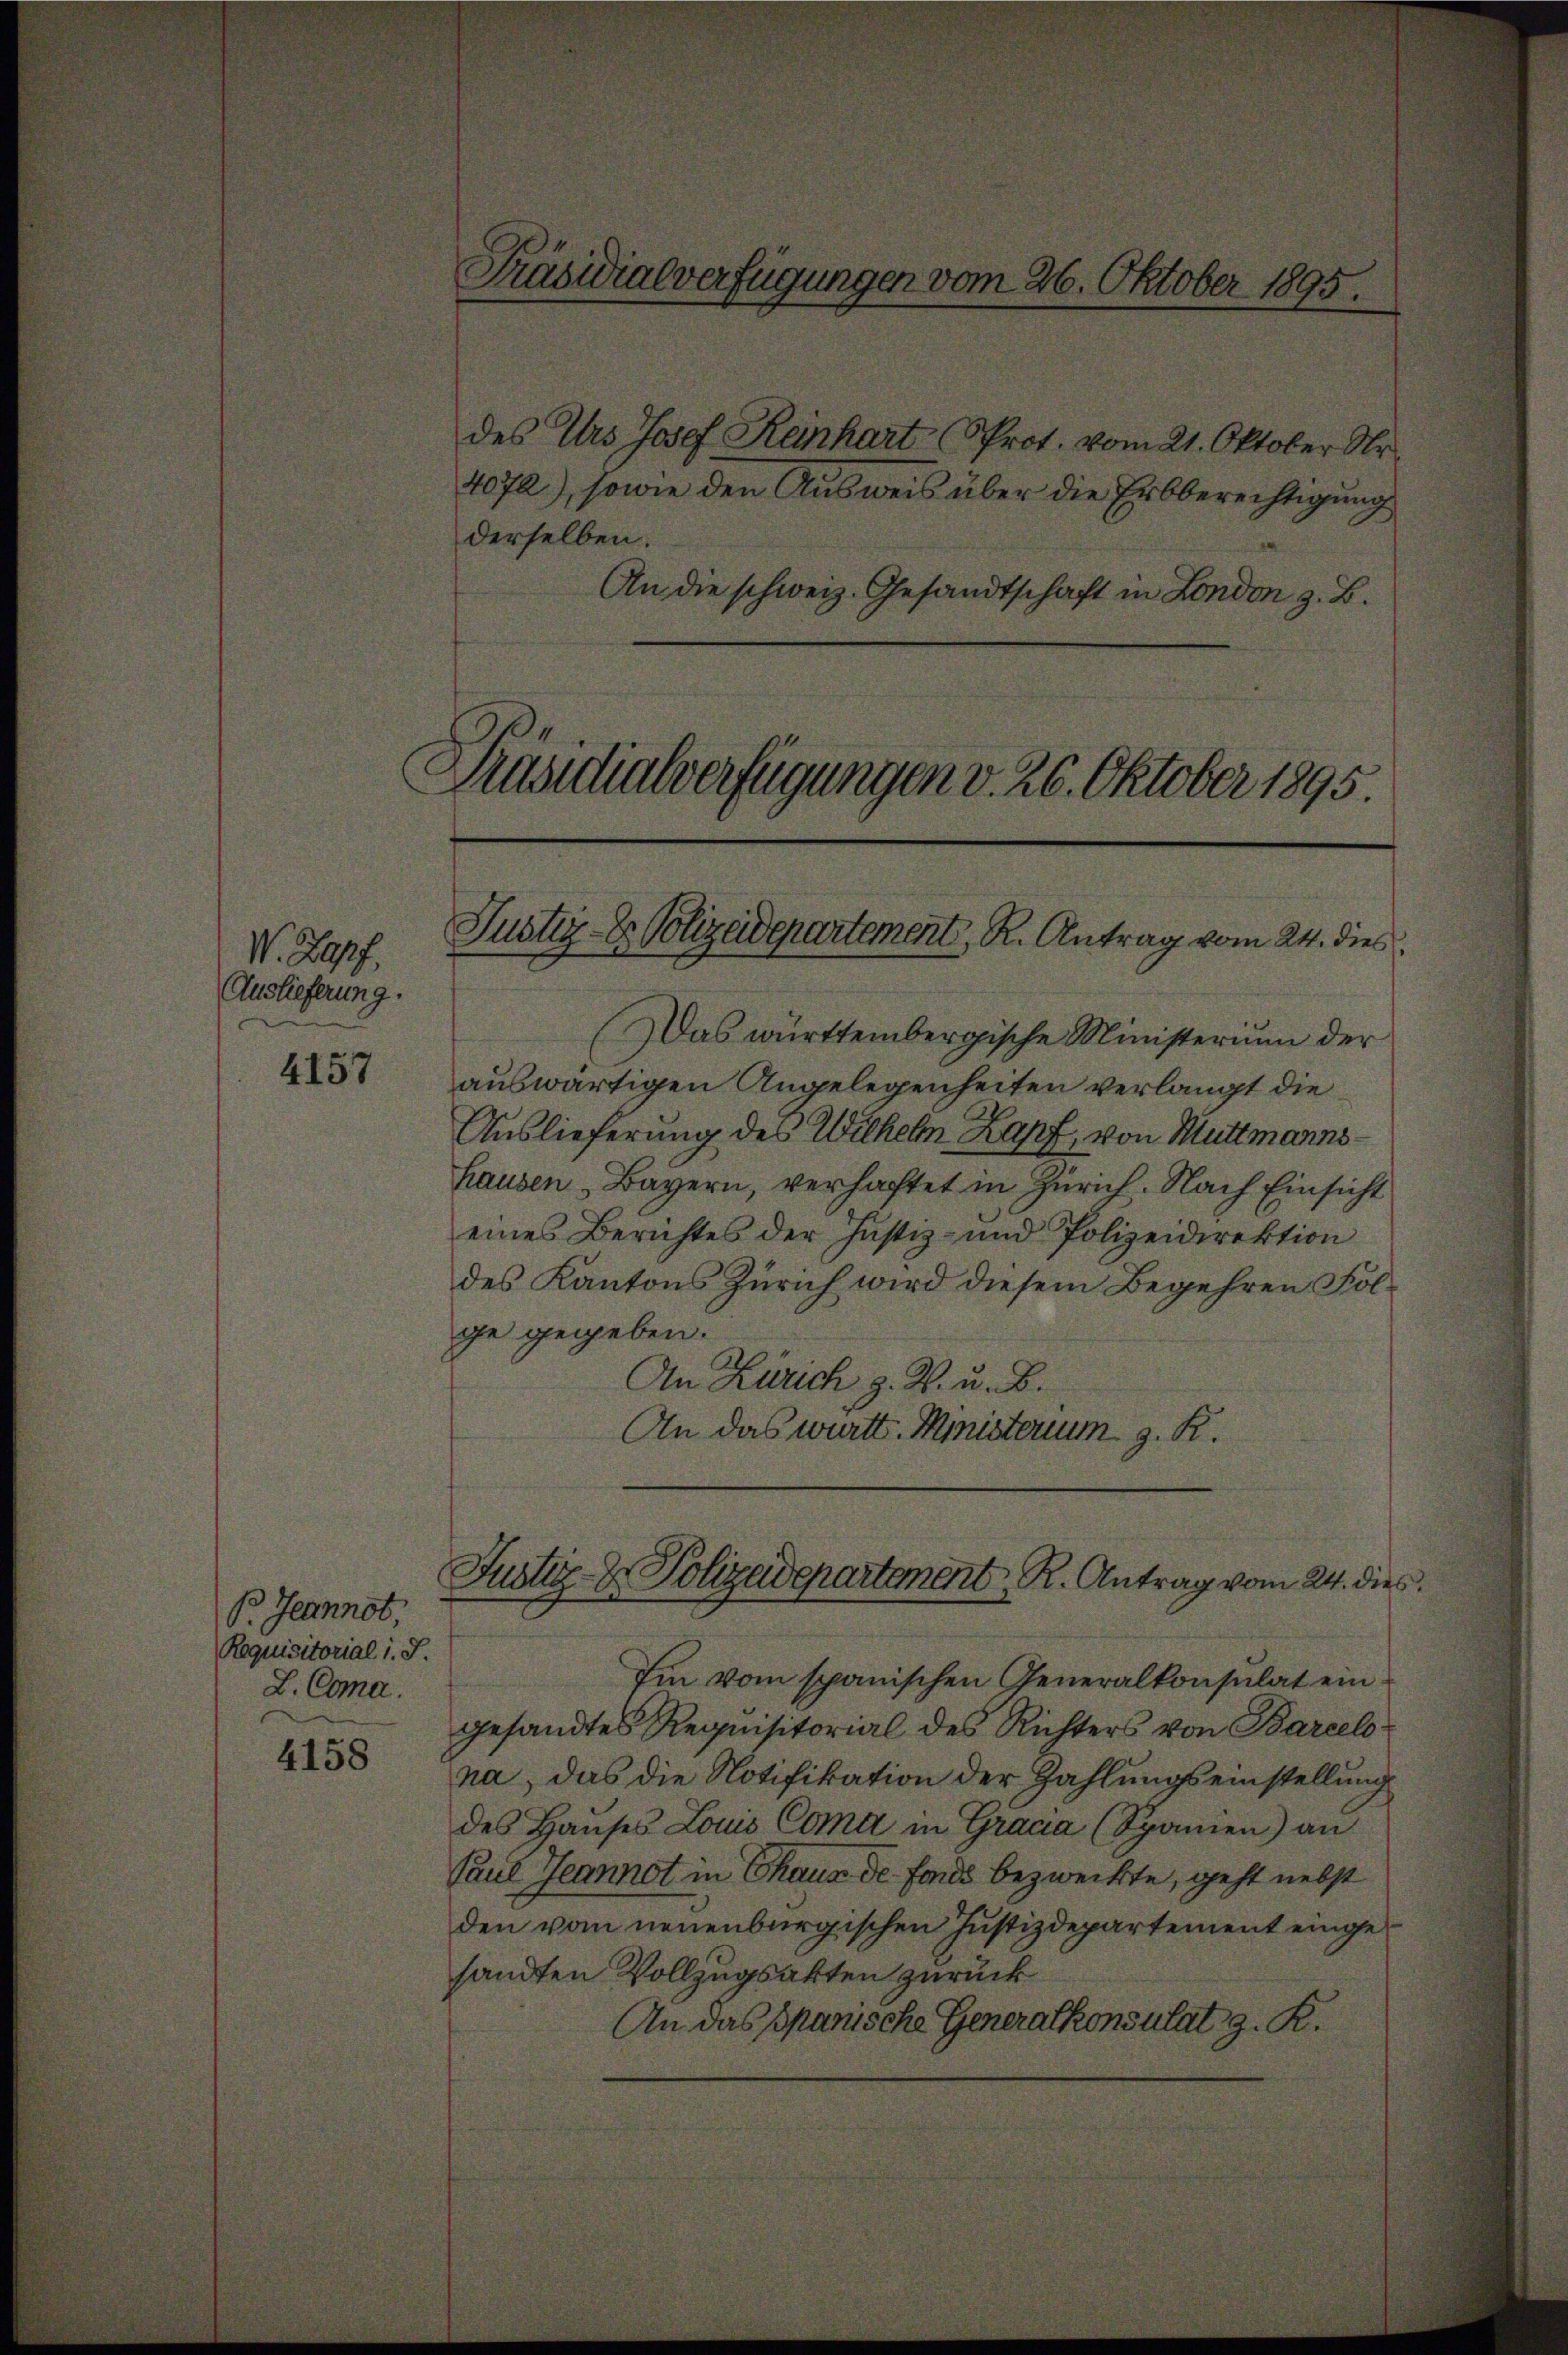
V. Zapf
Auslieferung.

4157

B Jeannot,
Requisitorial i. S.
L. Coma.
4158

Präsidialverfügungen vom 26. Oktober 1895.

derselben.
An die schweiz. Gesandtschaft in London z. B.

des Urs Josef Reinhart Prot. vom 21. Oktober Ur
4072), sowie den Ausweis über die Erbberechtigung

Präsidialverfügungen v. 26. Oktober 1895.

Das württembergische Ministerium der
auswärtigen Angelegenheiten verlangt die
Auslieferung des Wilhelm Zapf, von Muttmannshausen Bayern, verhaftet in Zürich. Nach Einsicht
eines Berichtes der Justiz- und Polizeidirektion
des Kantons Zürich wird diesem Begehren Folge gegeben.
An Zürich z. R. u. B.
An das württ. Ministerium z. R.

Justiz- & Polizeidepartement, R. Antrag vom 24. dies

Justiz- & Polizadepartement K. Antrag vom 24. dies

Im vom spanischen Generalkonsulat eingesandtes Requisitorial des Richters von Barcelona, das die Notifikation der Zahlungseinstellung
des Hauses Louis Coma in Grada (Spanien) an
Paul Jeannot in Chaus de fonds bezweckte, geht nebst
den vom neuenburgischen Justizdepartement eingesandten Vollzugsakten zurück
An das Spanische Generalkonsulat g. R.